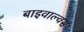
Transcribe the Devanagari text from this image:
बाइवाल्वस